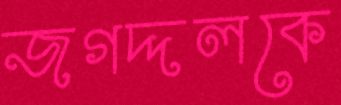
জগদ্দলকে